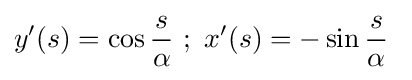
y^{\prime }(s)=\cos {\frac {s}{\alpha }}\ ;\ x^{\prime }(s)=-\sin {\frac {s}{\alpha }}\